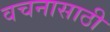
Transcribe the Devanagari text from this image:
वचनासाठी